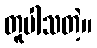
တူပါသတဲ့။